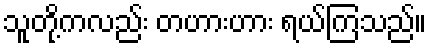
သူတို့ကလည်း တဟားဟား ရယ်ကြသည်။